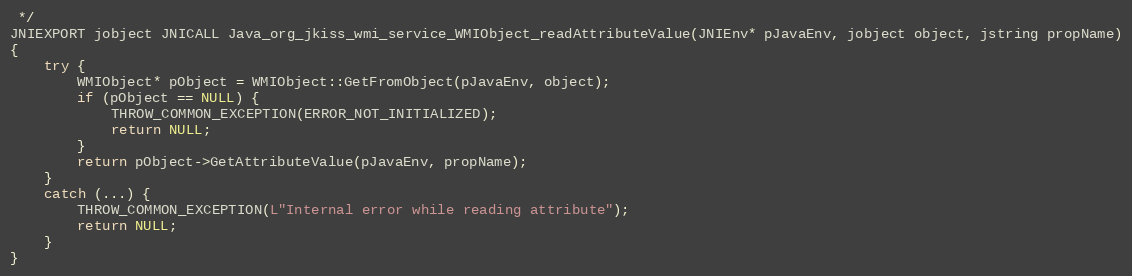
Language: C++
 */
JNIEXPORT jobject JNICALL Java_org_jkiss_wmi_service_WMIObject_readAttributeValue(JNIEnv* pJavaEnv, jobject object, jstring propName)
{
	try {
		WMIObject* pObject = WMIObject::GetFromObject(pJavaEnv, object);
		if (pObject == NULL) {
			THROW_COMMON_EXCEPTION(ERROR_NOT_INITIALIZED);
			return NULL;
		}
		return pObject->GetAttributeValue(pJavaEnv, propName);
	}
	catch (...) {
		THROW_COMMON_EXCEPTION(L"Internal error while reading attribute");
		return NULL;
	}
}